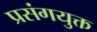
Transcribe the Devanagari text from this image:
प्रसंगयुक्त